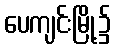
ပေကျင်းမြို့၌